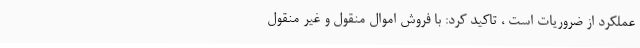
عملکرد از ضروریات است ، تاکید کرد: با فروش اموال منقول و غیر منقول